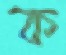
ক